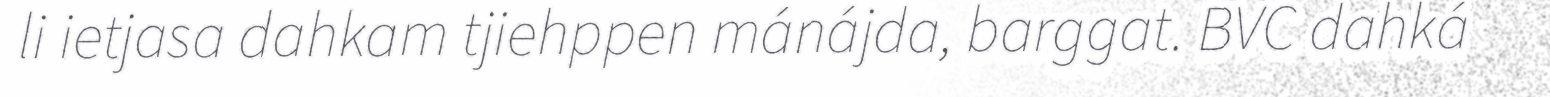
li ietjasa dahkam tjiehppen mánájda, barggat. BVC dahká